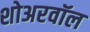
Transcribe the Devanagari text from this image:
शोअरवॉल